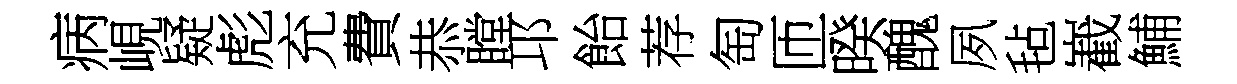
病峴疑彪充費恭瞠邛飴荐匋匝暌醜夙毡嶻鯆